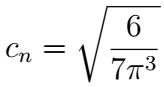
\[
c_{n}=\sqrt{\frac{6}{7\pi^{3}}}
\]